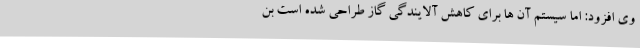
وی افزود: اما سیستم آن ها برای کاهش آلایندگی گاز طراحی شده است بن